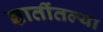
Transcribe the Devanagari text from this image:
ज्ञातींतल्या